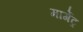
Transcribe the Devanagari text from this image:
मार्गेट्र